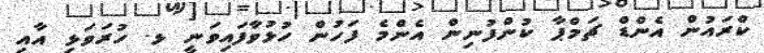
ކްރައުން އެންޑް ޗަމްޕާ ކުންފުނިން އެންމެ ފަހުން ހުޅުވާފައިވަނީ ޅ. ހުރަވަޅި އާއި